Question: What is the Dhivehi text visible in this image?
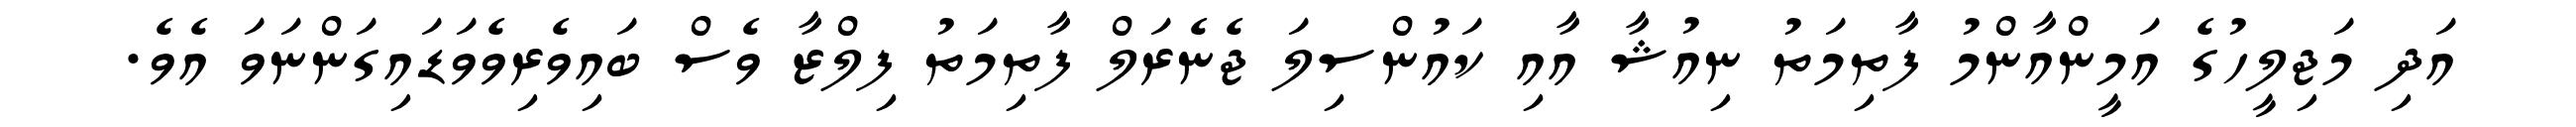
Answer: އަދި މަޖިލީހުގެ އަމީންއާންމު ފާތިމަތު ނިއުޝާ އާއި ކައުންސިލަ ޖެނެރަލް ފާތިމަތު ފިލްޒާ ވެސް ބައިވެރިވެވަޑައިގަންނަވަ އެވެ.